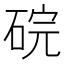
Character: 𬒑